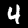
Label: 4